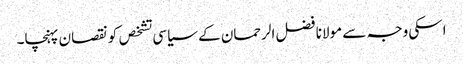
اسکی وجہ سے مولانا فضل الرحمان کے سیاسی تشخص کو نقصان پہنچا۔